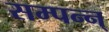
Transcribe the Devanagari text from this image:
सम्पन्न्